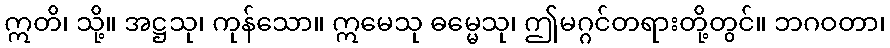
ဣတိ၊ သို့။ အဋ္ဌသု၊ ကုန်သော။ ဣမေသု ဓမ္မေသု၊ ဤမဂ္ဂင်တရားတို့တွင်။ ဘဂဝတာ၊